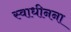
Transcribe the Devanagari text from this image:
स्वाधीनना